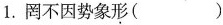
1.罔不因势象形（）